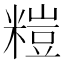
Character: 𥻶